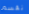
تقسم